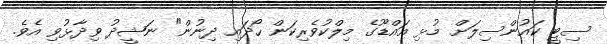
ސިޓީ ކައުންސިލަށް މުޅި އައްޑޫގެ މިލްކުވެރިކަން ހޯދައި ދިނުން" ނަޝީދު ވިދާޅުވި އެވެ.